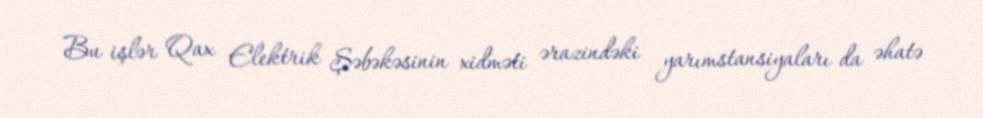
Bu işlər Qax Elektrik Şəbəkəsinin xidməti ərazindəki yarımstansiyaları da əhatə